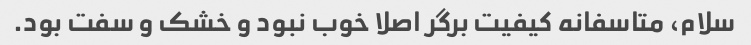
سلام، متاسفانه کیفیت برگر اصلا خوب نبود و خشک و سفت بود.